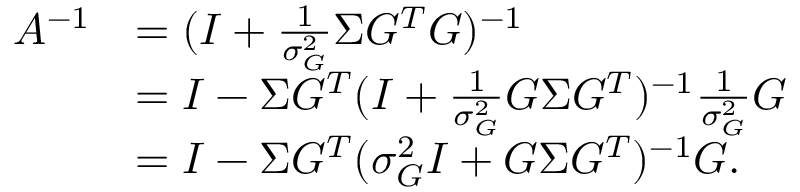
\begin{array} { r l } { A ^ { - 1 } } & { = ( I + \frac { 1 } { \sigma _ { G } ^ { 2 } } \Sigma G ^ { T } G ) ^ { - 1 } } \\ & { = I - \Sigma G ^ { T } ( I + \frac { 1 } { \sigma _ { G } ^ { 2 } } G \Sigma G ^ { T } ) ^ { - 1 } \frac { 1 } { \sigma _ { G } ^ { 2 } } G } \\ & { = I - \Sigma G ^ { T } ( \sigma _ { G } ^ { 2 } I + G \Sigma G ^ { T } ) ^ { - 1 } G . } \end{array}